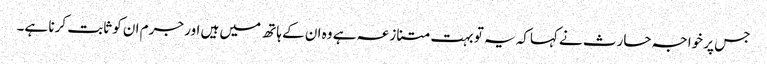
جس پر خواجہ حارث نے کہاکہ یہ تو بہت متنازعہ ہے وہ ان کے ہاتھ میں ہیں اور جرم ان کو ثابت کرنا ہے۔